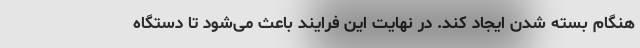
هنگام بسته شدن ایجاد کند. در نهایت این فرایند باعث می‌شود تا دستگاه